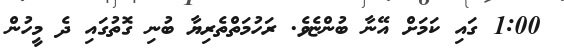
1:00 ގައި ކަމަށް އޭނާ ބުންޏެވެ. ރަހުމަތްތެރިޔާ ބުނި ގޮތުގައި ދެ މީހުން